Sketch of the medical history of the native army of Bombay, for the year
Year: 1876
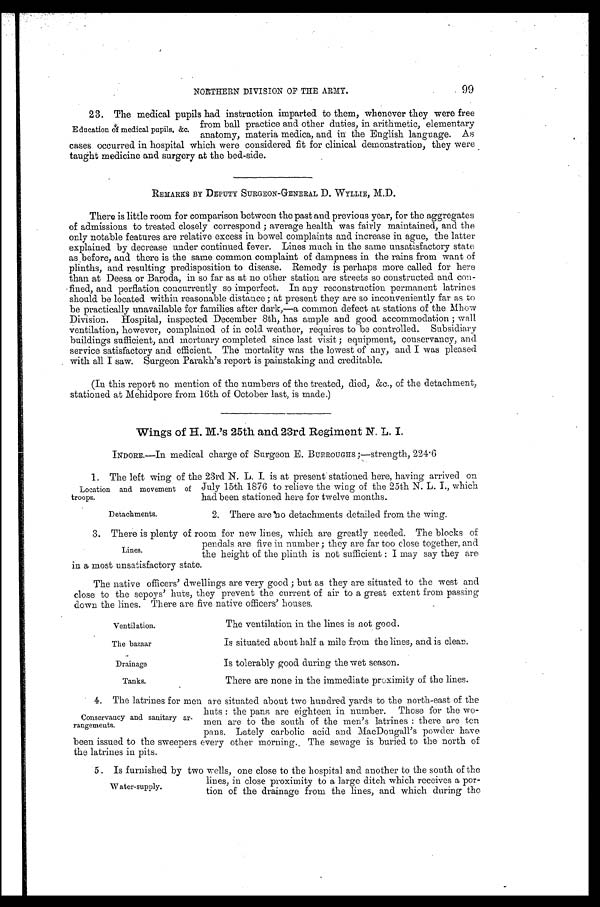
Ventilation.
The bazaar.
Drainage
Tanks.
99
NORTHERN DIVISION OF THE ARMY.
23. The medical pupils had instruction imparted to them, whenever they were free
from ball practice and other duties, in arithmetic, elementary
anatomy, materia medica, and in the English language. As
cases occurred in hospital which were considered fit for clinical demonstration, they were
taught medicine and surgery at the bed-side.
REMARKS BY DEPUTY SURGEON-GENERAL D. WYLLIE, M.D.
There is little room for comparison between the past and previous year, for the aggregates
of admissions to treated closely correspond; average health was fairly maintained, and the
only notable features are relative excess in bowel complaints and increase in ague, the latter
explained by decrease under continued fever. Lines much in the same unsatisfactory state
as before, and there is the same common complaint of dampness in the rains from want of
plinths, and resulting predisposition to disease. Remedy is perhaps more called for here
than at Deesa or Baroda, in so far as at no other station are streets so constructed and con
- fined, and perflation concurrently so imperfect. In any reconstruction permanent latrines
should be located within reasonable distance; at present they are so inconveniently far as to
be practically unavailable for families after dark,—a common defect at stations of the Mhow
Division. Hospital, inspected December 8th, has ample and good accommodation; wall
ventilation, however, complained of in cold weather, requires to be controlled. Subsidiary
buildings sufficient, and mortuary completed since last visit; equipment, conservancy, and
service satisfactory and efficient. The mortality was the lowest of any, and I was pleased
with all I saw. Surgeon Parakh's report is painstaking and creditable.
(In this report no mention of the numbers of the treated, died, &c., of the detachment,
stationed at Mehidpore from 16th of October last, is made.)
Wings of H. M.'s 25th and 23rd Regiment N. L. I.
INDORE.—In medical charge of Surgeon E. BURROUGHS ;—strength, 224.6
1. The left wing of the 23rd N. L. I. is at present stationed here, having arrived on
July 15th 1876 to relieve the wing of the 25th N. L. I., which
had been stationed here for twelve months.
Education of medical pupils, &c.
Location and movement of
troops.
Detachments.
2. There are no detachments detailed from the wing.
3. There is plenty of room for new lines, which are greatly needed. The blocks of
pendals are five in number; they are far too close together, and
the height of the plinth is not sufficient: I may say they are
in a most unsatisfactory state.
The native officers' dwellings are very good; but as they are situated to the west and
close to the sepoys' huts, they prevent the current of air to a great extent from passing
down the lines. There are five native officers' houses.
Lines.
The ventilation in the lines is not good.
Is situated about half a mile from the lines, and is clean.
Is tolerably good during the wet season.
There are none in the immediate proximity of the lines.
4. The latrines for men are situated about two hundred yards to the north-east of the
huts: the pans are eighteen in number. Those for the wo
-men are to the south of the men's latrines: there are ten
pans. Lately carbolic acid and MacDougall's powder have
been issued to the sweepers every other morning. The sewage is buried to the north of
the latrines in pits.
Conservancy and sanitary ar
-rangements.
5. Is furnished by two wells, one close to the hospital and another to the south of the
lines, in close proximity to a large ditch which receives a por
-tion of the drainage from the lines, and which during the
Water-supply.